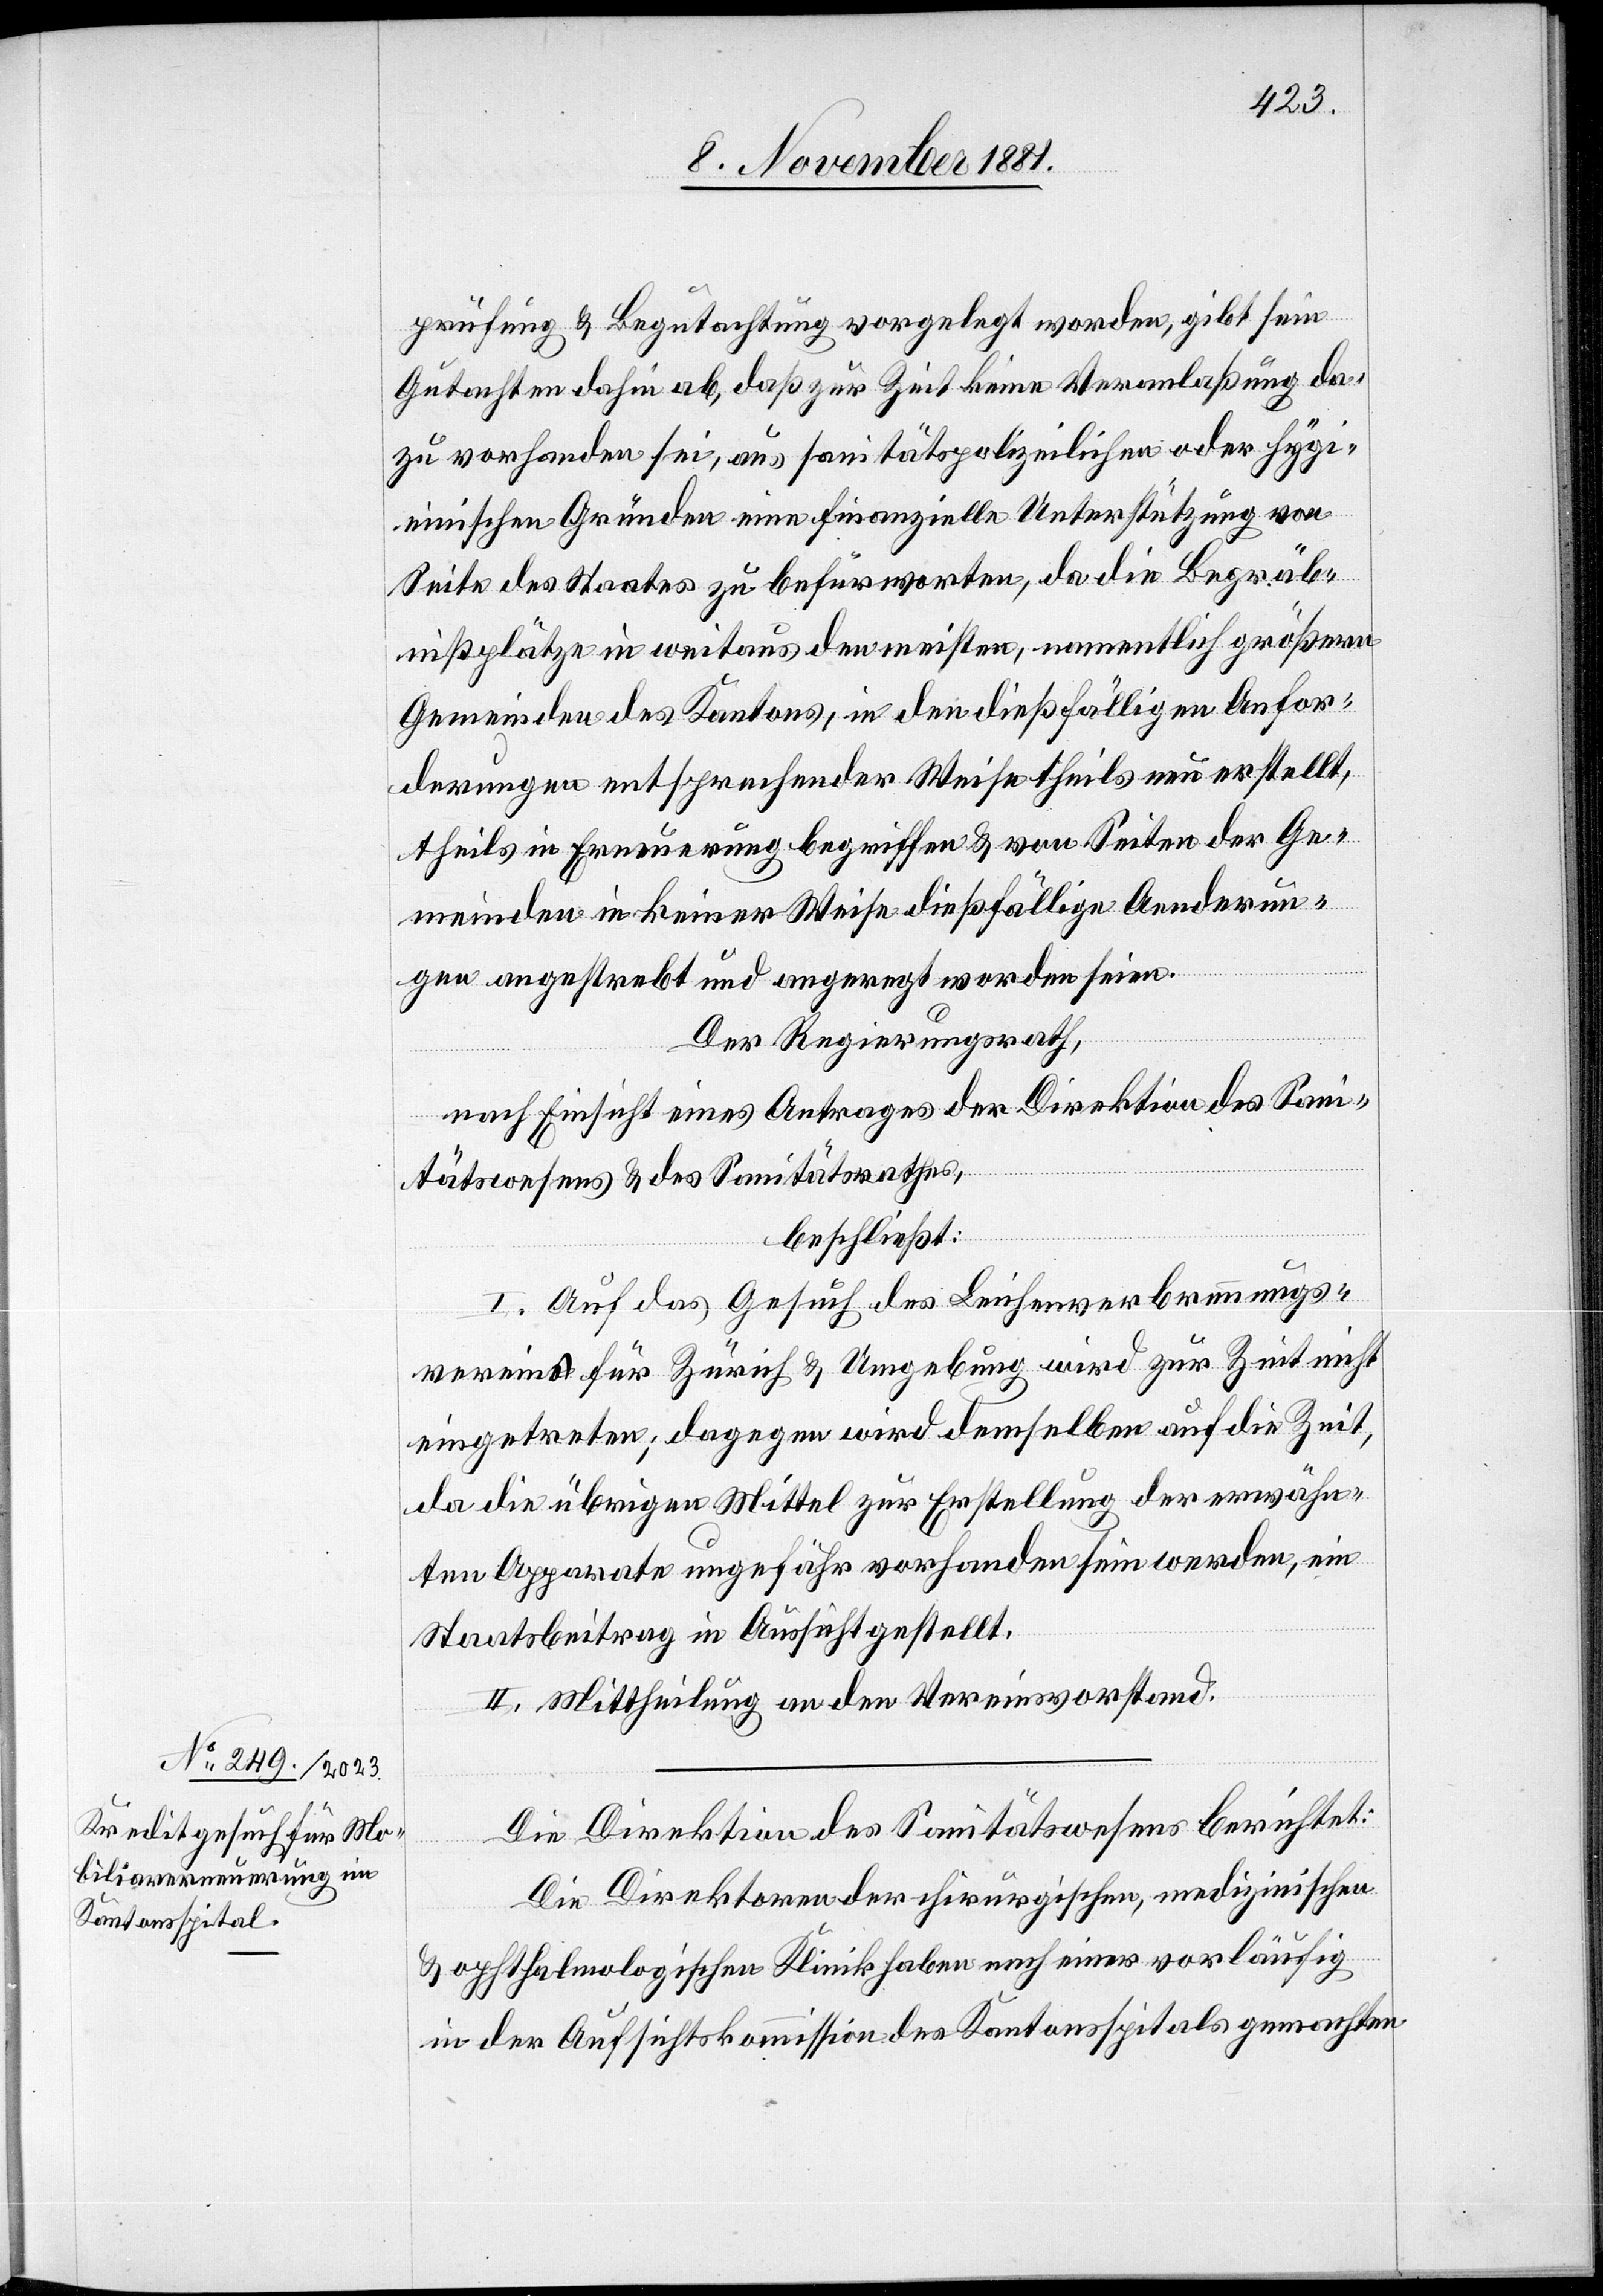
prüfung & Begutachtung vorgelegt worden, gibt sein
Gutachten dahin ab, daß zur Zeit keine Veranlaßung da¬
zu vorhanden sei, aus sanitätspolizeilichen oder hygi¬
enischen Gründen eine finanzielle Unterstützung von
Seite des Staates zu befürworten, da die Begräb¬
nißplätze in weitaus den meisten, namentlich größeren
Gemeinden des Kantons, in den dießfälligen Anfor¬
derungen entsprechender Weise theils neu erstellt,
theils in Erneuerung begriffen & von Seiten der Ge¬
meinden in keiner Weise dießfällige Aenderun¬
gen angestrebt und angeregt worden seien.
Der Regierungsrath,
nach Einsicht eines Antrages der Direktion des Sani¬
tätswesens & des Sanitätsrathes,
beschließt:
I. Auf das Gesuch des Leichenverbrennungs¬
vereins für Zürich & Umgebung wird zur Zeit nicht
eingetreten; dagegen wird demselben auf die Zeit,
da die übrigen Mittel zur Erstellung der erwähn¬
ten Apparate ungefähr vorhanden sein werden, ein
Staatsbeitrag in Aussicht gestellt.
II. Mittheilung an den Vereinsvorstand.
Die Direktion des Sanitätswesens berichtet:
Die Direktoren der chirurgischen, medizinischen
& ophthalmologischen Klinik haben nach einer vorläufig
in der Aufsichtskommission des Kantonsspitals gemachten